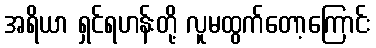
အရိယာ ရှင်ရဟန်းတို့ လူမထွက်တော့ကြောင်း